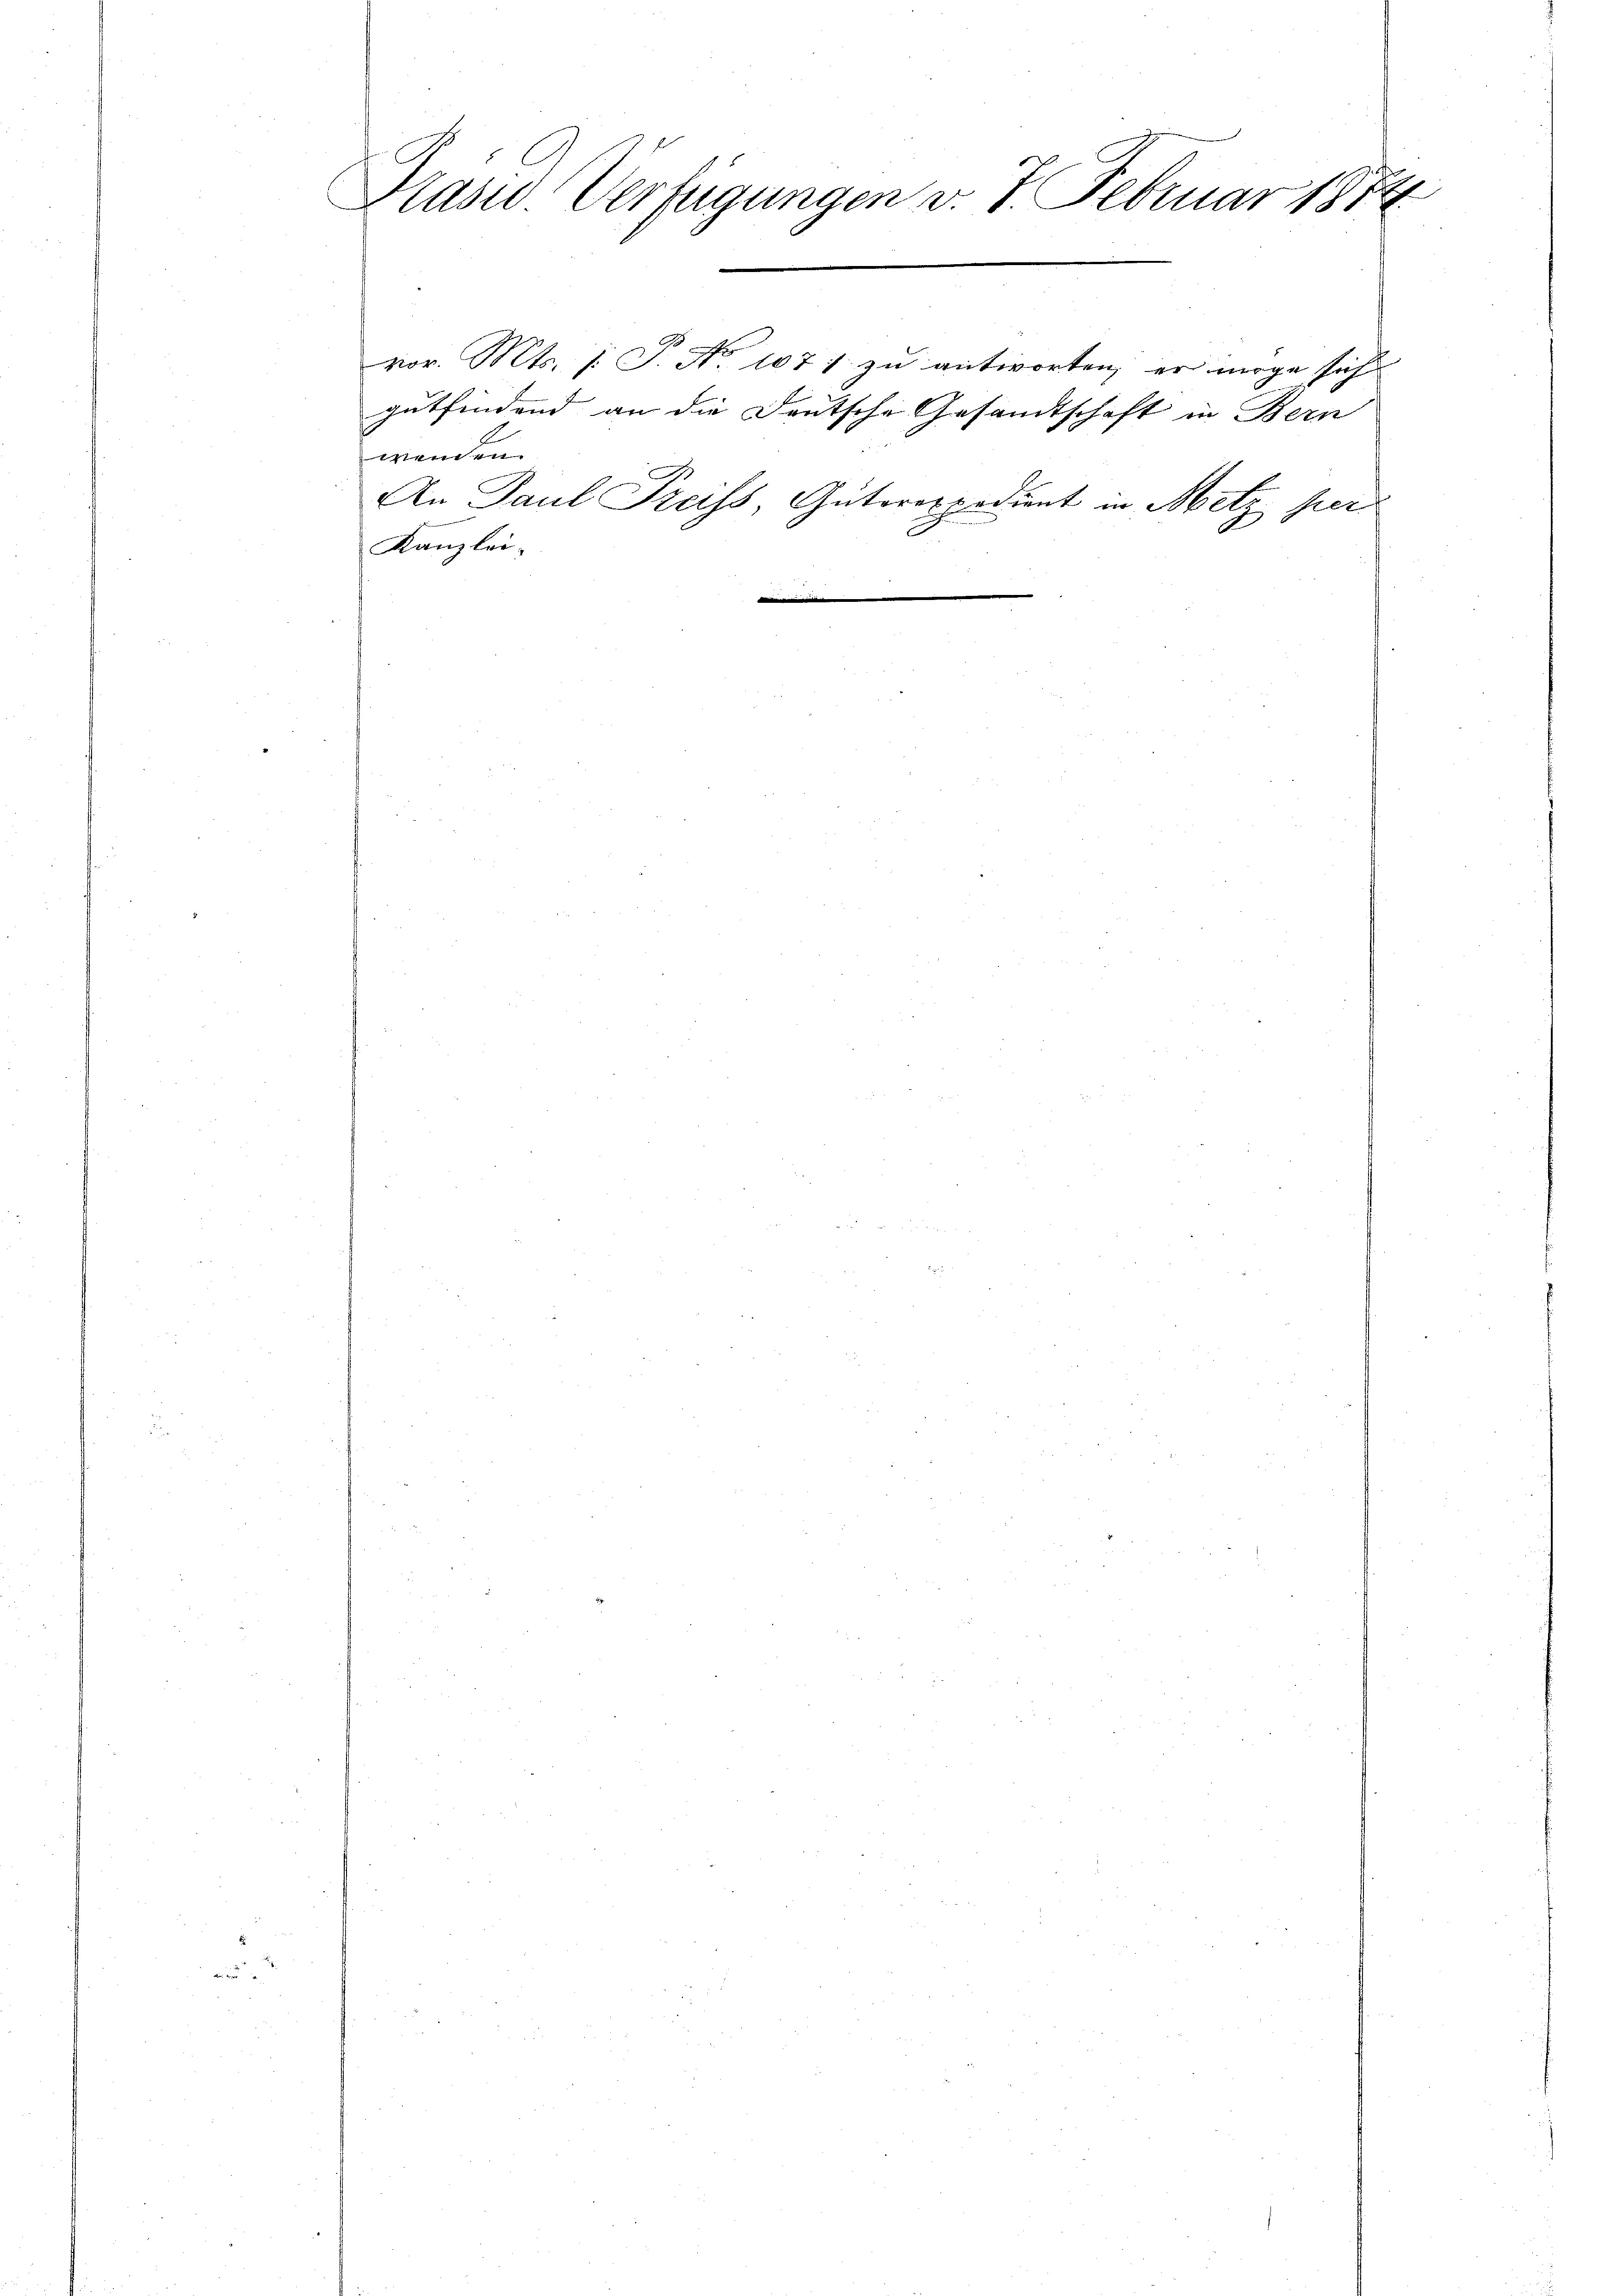
.

Stasi Verfügungen v. 7. Februar 1874

vor. Mts. 1. P. Nr. 1071 zu antworten, er morge sich
gutfindend an die Deutsche Gesandtschaft in Bern
wenden.
An Paul Preiss, Güterexpedient in Metz per

Kanzlei-
20 f